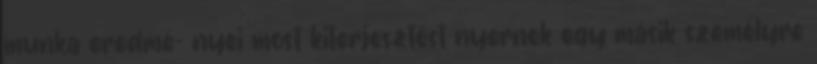
munka eredmé- nyei most kiterjesztést nyernek egy másik személyre